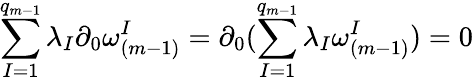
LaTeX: \sum_{I=1}^{q_{m-1}}\lambda_{I}\partial_{0}\omega_{(m-1)}^{I}=\partial_{0}(\sum_{I=1}^{q_{m-1}}\lambda_{I}\omega_{(m-1)}^{I})=0